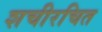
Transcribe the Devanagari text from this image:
शचीरचित